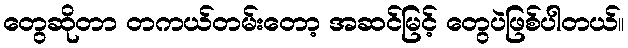
တွေဆိုတာ တကယ်တမ်းတော့ အဆင်မြင့် တွေပဲဖြစ်ပါတယ်။